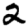
Digit: 2